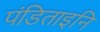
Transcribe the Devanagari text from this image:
पंडिताइनि